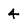
Character: 4